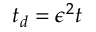
t _ { d } = \epsilon ^ { 2 } t